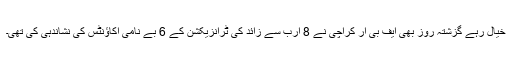
خیال رہے گزشتہ روز بھی ایف بی آر کراچی نے 8 ارب سے زائد کی ٹرانزیکشن کے 6 بے نامی اکاؤنٹس کی نشاندہی کی تھی۔